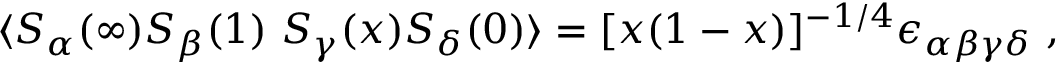
\langle S _ { \alpha } ( \infty ) S _ { \beta } ( 1 ) \ S _ { \gamma } ( x ) S _ { \delta } ( 0 ) \rangle = [ x ( 1 - x ) ] ^ { - 1 / 4 } \epsilon _ { \alpha \beta \gamma \delta } \ ,